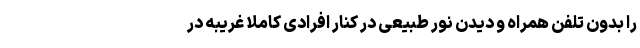
را بدون تلفن ‌همراه و دیدن نور طبیعی در کنار افرادی کاملا غریبه در